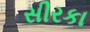
સીરકા